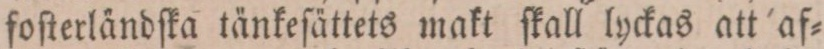
foſterländſka tänkeſättets makt ſkall lyckas att af=